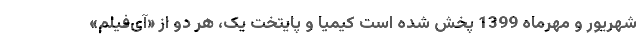
شهریور و مهرماه 1399 پخش شده است کیمیا و پایتخت یک، هر دو از «آی‌فیلم»